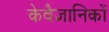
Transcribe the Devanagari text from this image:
केवैज्ञानिकों